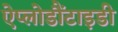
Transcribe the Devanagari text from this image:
ऐप्लोडौंटाइडी